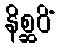
နိစ္ဆဝိံ